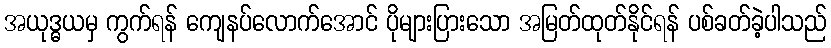
အယုဒ္ဓယမှ ကွက်ရန် ကျေနပ်လောက်အောင် ပိုများပြားသော အမြတ်ထုတ်နိုင်ရန် ပစ်ခတ်ခဲ့ပါသည်